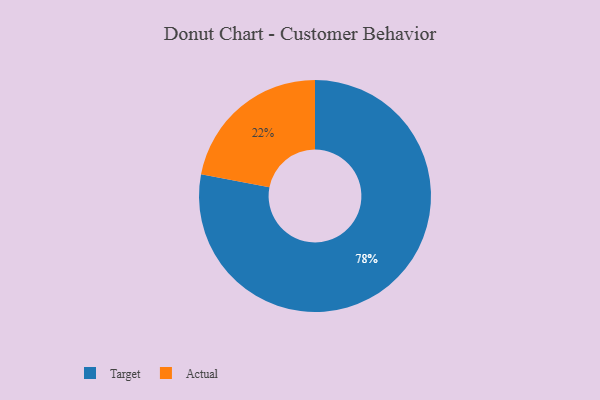
{"axis": {"x": "Category", "y": "Percentage"}, "legend": ["Actual", "Target"], "data": [{"x": "Actual", "y": 22, "type": "Actual"}, {"x": "Target", "y": 78, "type": "Target"}]}